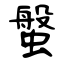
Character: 螌